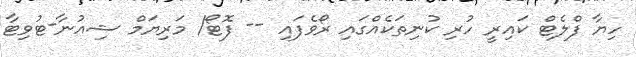
ހިޔާ ފްލެޓް ކައިރީ ހުރި ކުނިތަކެއްގައި ރޯވެފައި -- ފޮޓޯ/ މަރިޔަމް ޝިއުނާ-ޓުވިޓާ